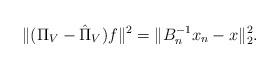
LaTeX: \begin{align*}\Vert (\Pi_V-\hat{\Pi}_V)f\Vert^2=\Vert B_n^{-1}x_n-x\Vert_2^2.\end{align*}